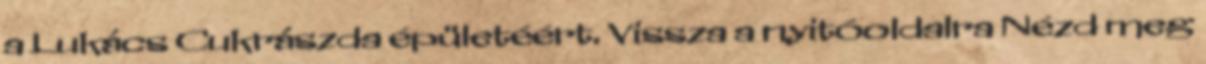
a Lukács Cukrászda épületéért. Vissza a nyitóoldalra Nézd meg